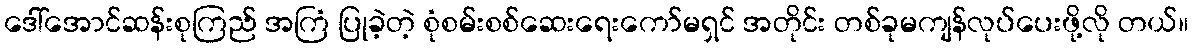
ဒေါ်အောင်ဆန်းစုကြည် အကြံ ပြုခဲ့တဲ့ စုံစမ်းစစ်ဆေးရေးကော်မရှင် အတိုင်း တစ်ခုမကျန်လုပ်ပေးဖို့လို တယ်။